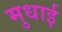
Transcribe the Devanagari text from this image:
मुधाई